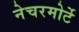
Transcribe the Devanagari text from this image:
नेचरमोर्टे